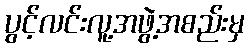
ပွင့်လင်းလူ့အဖွဲ့အစည်းမှ